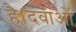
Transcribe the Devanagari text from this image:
है।दवाओं